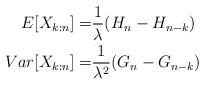
LaTeX: \begin{align*}E [X_{k:n}] =& \frac{1}{\lambda}(H_n - H_{n-k}) \\Var[X_{k:n}] =& \frac{1}{\lambda^2}(G_{n} - G_{n-k})\end{align*}